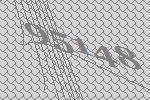
95148